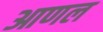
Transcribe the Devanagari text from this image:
आणल